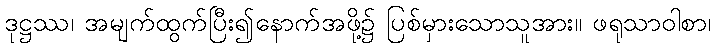
ဒုဋ္ဌဿ၊ အမျက်ထွက်ပြီး၍နောက်အဖို့၌ ပြစ်မှားသောသူအား။ ဖရုသာဝါစာ၊